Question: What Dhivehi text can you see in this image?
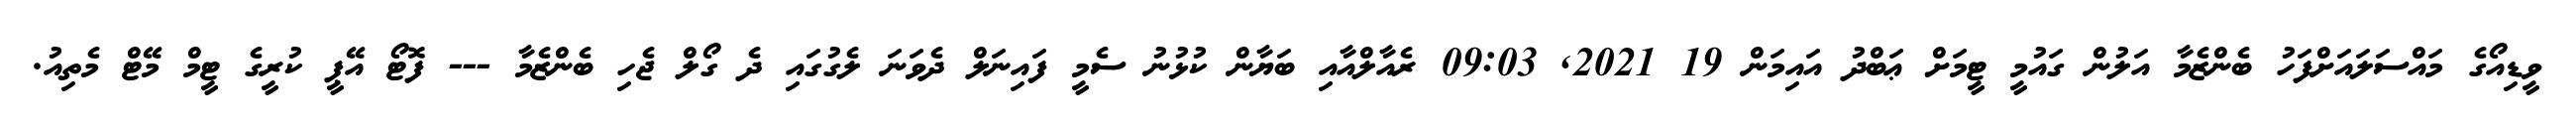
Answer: ވީޑިއޯގެ މައްސަލައަށްފަހު ބެންޒެމާ އަލުން ގައުމީ ޓީމަށް ޢަބްދު އައިމަން 19 2021, 09:03 ރެއާލްއާއި ބަޔާން ކުޅުނު ސެމީ ފައިނަލް ދެވަނަ ލެގުގައި ދެ ގޯލް ޖެހި ބެންޒެމާ --- ފޮޓޯ އޭޕީ ކުރީގެ ޓީމް މޭޓް މެތިއު.